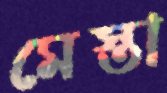
মেস্তা